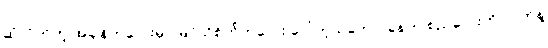
ဆုံလိုက်တဲ့ အချိန်ကလေးမှာ မြင်သိစိတ်ကလေး ပေါ်တဲ့သဘော၊ ခုနက စည်လေးကို လက်နဲ့